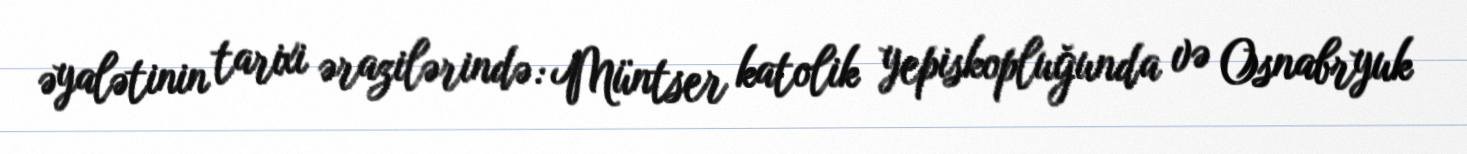
əyalətinin tarixi ərazilərində: Müntser katolik yepiskopluğunda və Osnabryuk